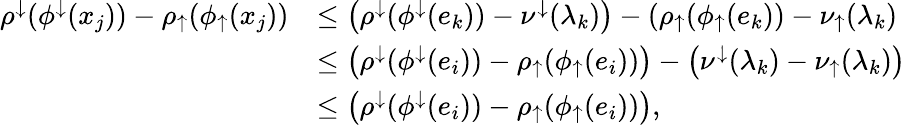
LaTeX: \begin{array}{rl}{\rho^{\downarrow}(\phi^{\downarrow}(x_{j}))-\rho_{\uparrow}(\phi_{\uparrow}(x_{j}))}&{\leq\left(\rho^{\downarrow}(\phi^{\downarrow}(e_{k}))-\nu^{\downarrow}(\lambda_{k})\right)-\left(\rho_{\uparrow}(\phi_{\uparrow}(e_{k}))-\nu_{\uparrow}(\lambda_{k}\right)}\\ &{\leq\left(\rho^{\downarrow}(\phi^{\downarrow}(e_{i}))-\rho_{\uparrow}(\phi_{\uparrow}(e_{i}))\right)-\left(\nu^{\downarrow}(\lambda_{k})-\nu_{\uparrow}(\lambda_{k})\right)}\\ &{\leq\left(\rho^{\downarrow}(\phi^{\downarrow}(e_{i}))-\rho_{\uparrow}(\phi_{\uparrow}(e_{i}))\right),}\end{array}